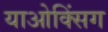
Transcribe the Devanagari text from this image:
याओक्सिंग